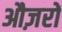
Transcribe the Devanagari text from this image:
औज़रों